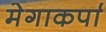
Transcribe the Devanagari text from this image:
मेगाकर्पा